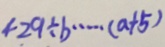
4 2 9 \div b \cdots ( a + 5 )